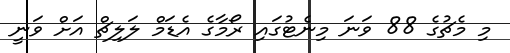
މި މެޗުގެ 88 ވަނަ މިނެޓުގައި ރޯމާގެ އެޑަމް ލަލިޗް އަށް ވަނީ